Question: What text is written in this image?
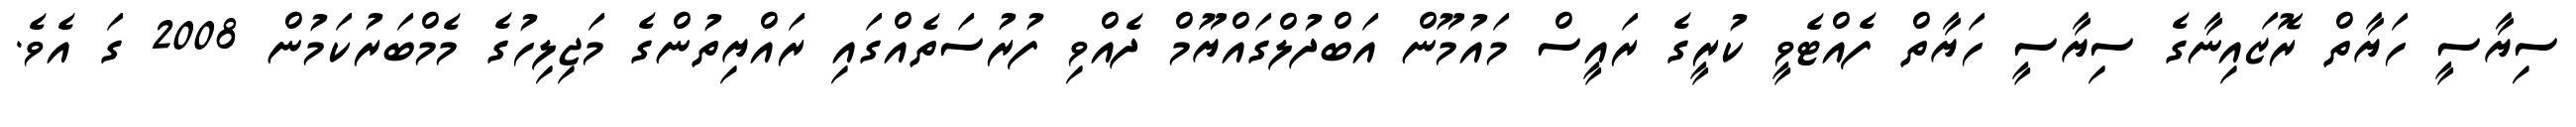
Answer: ސިޔާސީ ހަޔާތް ރޮޒައިނާގެ ސިޔާސީ ހަޔާތް ފެއްޓެވީ ކުރީގެ ރައީސް މައުމޫން އަބްދުލްގައްޔޫމް ދެއްވި ފުރުސަތެއްގައި ރައްޔިތުންގެ މަޖިލިހުގެ މެމްބަރުކަމުން 2008 ގަ އެވެ.